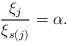
LaTeX: \begin{align*}\frac{\xi _j}{\xi _{s(j)}} = \alpha.\end{align*}